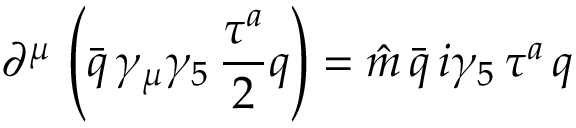
\partial ^ { \mu } \, \left( \bar { q } \, \gamma _ { \mu } \gamma _ { 5 } \, \frac { \tau ^ { a } } { 2 } q \right) = \hat { m } \, \bar { q } \, i \gamma _ { 5 } \, \tau ^ { a } \, q